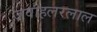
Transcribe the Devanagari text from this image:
जवाहलरलाल